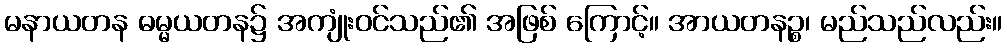
မနာယတန ဓမ္မယတန၌ အကျုံးဝင်သည်၏ အဖြစ် ကြောင့်။ အာယတနဉ္စ၊ မည်သည်လည်း။